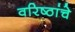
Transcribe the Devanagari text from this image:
वरिष्ठांचे